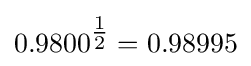
0.9800^{\tfrac {1}{2}}=0.98995